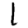
Digit: 1